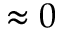
\approx 0